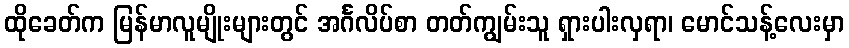
ထိုခေတ်က မြန်မာလူမျိုးများတွင် အင်္ဂလိပ်စာ တတ်ကျွမ်းသူ ရှားပါးလှရာ၊ မောင်သန့်လေးမှာ